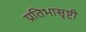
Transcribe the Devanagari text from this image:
प्रतिभासृष्टी